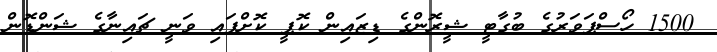
1500 ހޯސްޕަވަރުގެ ބުގާޓީ ޝީރޮންގެ ޑިޒައިން ކޮޕީ ކޮށްފައި ވަނީ ޗައިނާގެ ޝަންޑޮން